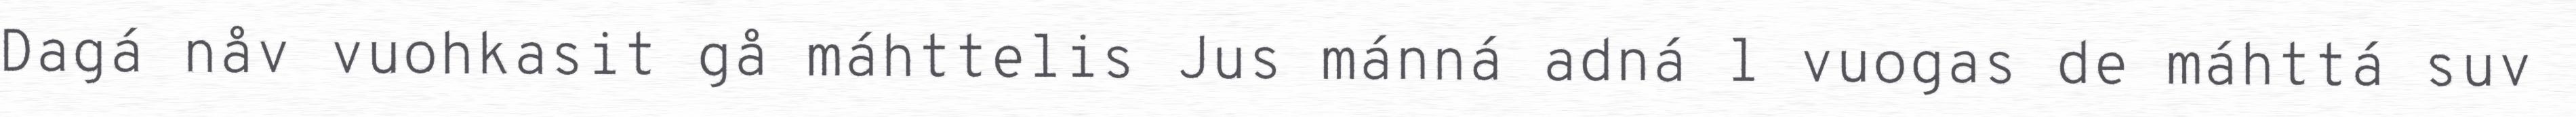
Dagá nåv vuohkasit gå máhttelis Jus mánná adná l vuogas de máhttá suv